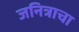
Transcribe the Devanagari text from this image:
जनित्राचा